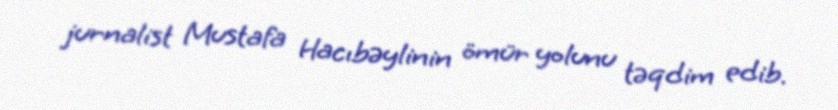
jurnalist Mustafa Hacıbəylinin ömür yolunu təqdim edib.